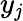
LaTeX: y_{\mathit{j}}